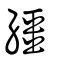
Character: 繮